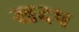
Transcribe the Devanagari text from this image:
खदप